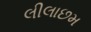
લીલાછમ